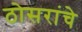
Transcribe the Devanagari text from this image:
ठोसरांचे